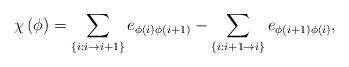
LaTeX: \begin{align*}\chi \left( \phi \right) =\sum_{\left\{ i:i\rightarrow i+1\right\} }e_{\phi(i)\phi (i+1)}-\sum_{\left\{ i:i+1\rightarrow i\right\} }e_{\phi (i+1)\phi(i)}, \end{align*}